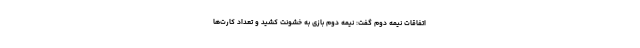
اتفاقات نیمه دوم گفت: نیمه دوم بازی به خشونت کشید و تعداد کارت‌ها